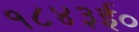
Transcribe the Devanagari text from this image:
१८४३ई०